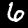
Digit: 6